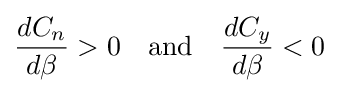
{\frac {dC_{n}}{d\beta }}>0\quad {\text{and}}\quad {\frac {dC_{y}}{d\beta }}<0